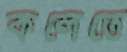
কলেতে